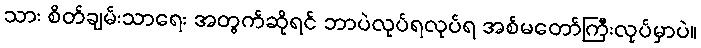
သား စိတ်ချမ်းသာရေး အတွက်ဆိုရင် ဘာပဲလုပ်ရလုပ်ရ အစ်မတော်ကြီးလုပ်မှာပဲ။